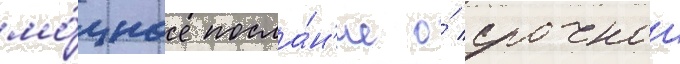
мо́щное посла́н'ие о́ срочнои